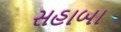
સહાબા